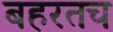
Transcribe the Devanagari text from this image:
बहरतच